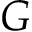
G